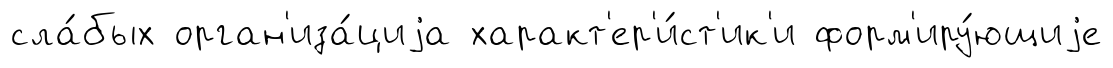
сла́бых орган'иза́циjа характ'ер'и́ст'ик'и форм'иру́ющиjе